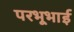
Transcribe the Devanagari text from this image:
परभूभाई